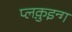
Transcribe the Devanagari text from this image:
प्लक़ुइन्ग